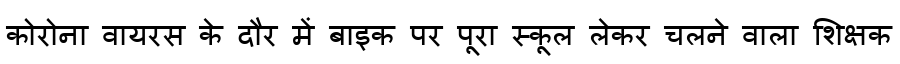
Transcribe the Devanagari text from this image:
कोरोना वायरस के दौर में बाइक पर पूरा स्कूल लेकर चलने वाला शिक्षक